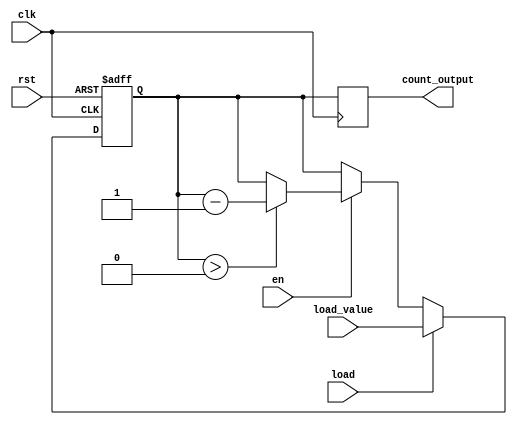
module down_counter #(
    parameter N = 8    // Define the maximum count value (N)
) (
    input wire clk,    // Clock signal
    input wire rst,    // Asynchronous reset signal
    input wire en,     // Enable signal for counting down
    input wire load,   // Load signal to initialize counter with a specific value
    input wire [N-1:0] load_value, // Value to load into the counter
    output reg [N-1:0] count_output // Current count value output
);

// Internal memory block to hold the count value
reg [N-1:0] count;

// Asynchronous reset and loading mechanism
always @(posedge clk or posedge rst) begin
    if (rst) begin
        count <= N; // Reset the counter to the maximum value
    end else if (load) begin
        count <= load_value; // Load a specific value into the counter
    end else if (en) begin
        if (count > 0) begin
            count <= count - 1; // Decrement the counter
        end else begin
            count <= count; // Keep counting at zero (can also wrap around)
        end
    end
end

// Assign the current count value to the output
always @(posedge clk) begin
    count_output <= count;
end

endmodule